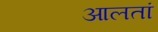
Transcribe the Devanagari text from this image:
आलतां